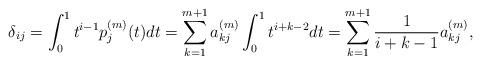
LaTeX: \begin{align*}\delta_{ij}=\int_{0}^1 t^{i-1} p_j^{(m)}(t) d t=\sum_{k=1}^{m+1}a_{kj}^{(m)}\int_{0}^1 t^{i+k-2} d t=\sum_{k=1}^{m+1}\frac{1}{i+k-1}a_{kj}^{(m)},\end{align*}